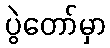
ပွဲတော်မှာ